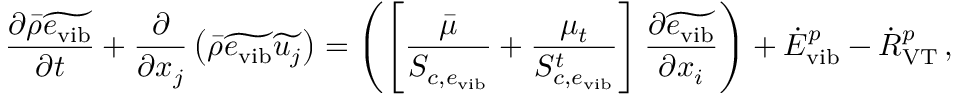
\frac { \partial \bar { \rho } \widetilde { e _ { \mathrm { v i b } } } } { \partial t } + \frac { \partial } { \partial x _ { j } } \left( \bar { \rho } \widetilde { e _ { \mathrm { v i b } } } \widetilde { u _ { j } } \right) = \left( \left[ \frac { \bar { \mu } } { S _ { c , e _ { \mathrm { v i b } } } } + \frac { \mu _ { t } } { S _ { c , e _ { \mathrm { v i b } } } ^ { t } } \right] \frac { \partial \widetilde { e _ { \mathrm { v i b } } } } { \partial x _ { i } } \right) + { \dot { E } } _ { \mathrm { v i b } } ^ { p } - { \dot { R } } _ { \mathrm { V T } } ^ { p } \, \mathrm { , }